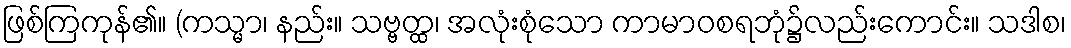
ဖြစ်ကြကုန်၏။ (ကသ္မာ၊ နည်း။ သဗ္ဗတ္ထ၊ အလုံးစုံသော ကာမာဝစရဘုံ၌လည်းကောင်း။ သဒါစ၊